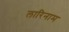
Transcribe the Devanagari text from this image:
लारिनाम